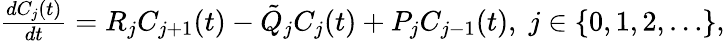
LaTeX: \begin{array}{r}{\frac{dC_{j}(t)}{dt}=R_{j}C_{j+1}(t)-\tilde{Q}_{j}C_{j}(t)+P_{j}C_{j-1}(t),\; j\in\{ 0,1,2,\dots\} ,}\end{array}